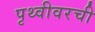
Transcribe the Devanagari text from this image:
पृथ्वीवरची